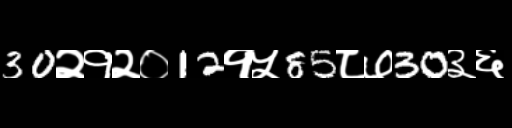
Text: 30२१२०12१५85८७30३६